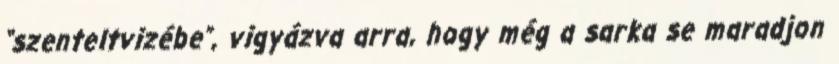
“szenteltvizébe”, vigyázva arra, hogy még a sarka se maradjon